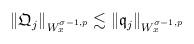
LaTeX: \begin{align*}\begin{aligned}\|\mathfrak Q_j\|_{W^{\sigma-1,p}_x}\lesssim \|\mathfrak q_j\|_{W^{\sigma-1,p}_x}\end{aligned}\end{align*}